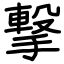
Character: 撃